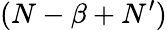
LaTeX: (N-\beta+N^{\prime})